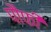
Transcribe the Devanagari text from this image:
पौफी